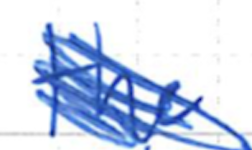
Text: the
Cross-out: scratch
Writing tool: ballpoint